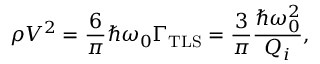
\rho V ^ { 2 } = \frac { 6 } { \pi } \hbar \omega _ { 0 } \Gamma _ { \mathrm { T L S } } = \frac { 3 } { \pi } \frac { \hbar \omega _ { 0 } ^ { 2 } } { Q _ { i } } ,